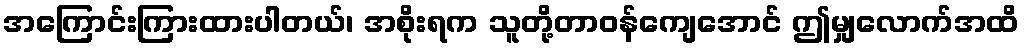
အကြောင်းကြားထားပါတယ်၊ အစိုးရက သူတို့တာဝန်ကျေအောင် ဤမျှလောက်အထိ